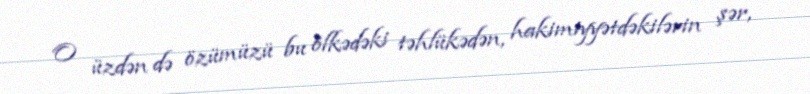
O üzdən də özümüzü bu ölkədəki təhlükədən, hakimiyyətdəkilərin şər,